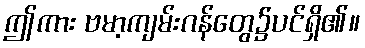
ဤကား ဗမာ့ကျမ်းဂန်တွေ၌ပင်ရှိ၏။